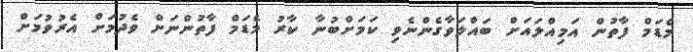
މެޑަމް ފާތުން އަމިއްލައަށް ބައްލަވާގެންނެވި ކަމަށްބުނާ ކާރު މެޑަމް ފާތުންނަށް ވެދުމަށް އެރުވުމަށް